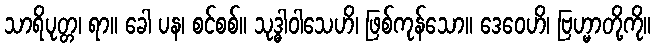
သာရိပုတ္တ၊ ရာ။ ခေါ ပန၊ စင်စစ်။ သုဒ္ဓါဝါသေဟိ၊ ဖြစ်ကုန်သော။ ဒေဝေဟိ၊ ဗြဟ္မာတို့ကို။